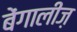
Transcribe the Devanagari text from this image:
बेंगालीज़